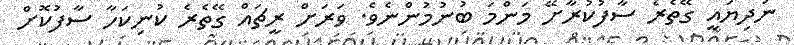
ނުދިޔައީ ގޭތެރެ ސާފުކުރާށޭ މަންމަ ބުނުމުންނެވެ. ވަރަށް ރީޗައް ގޭތެރެ ކުނިކަހާ ސާފުކޮށް